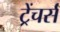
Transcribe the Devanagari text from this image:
ट्रेंचर्स